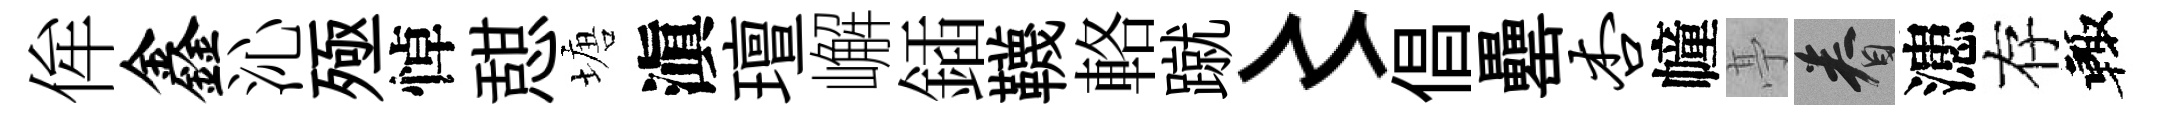
侔鑫沁殛悼憇塘滇璮嶰鍤韈輅蹴〻倡罍杏幢𠅘眷漶存輙